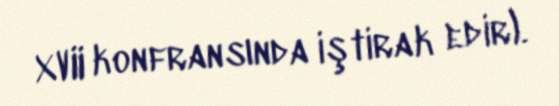
XVII konfransında iştirak edir).